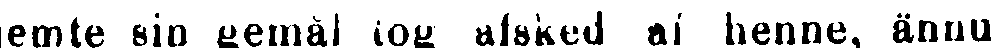
emte sin gemål tog afsked af henne, ännu